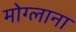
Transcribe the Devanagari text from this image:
मोग्लाना